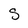
Character: S